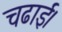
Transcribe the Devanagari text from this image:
चढाई।